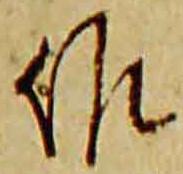
作